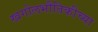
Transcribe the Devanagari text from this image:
खगोलभौतिकीच्या